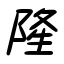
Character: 隆